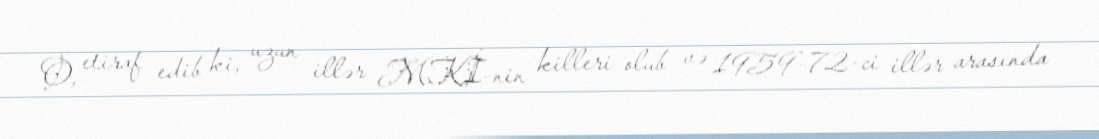
O, etiraf edib ki, uzun illər MKİ-nin killeri olub və 1959-72-ci illər arasında